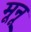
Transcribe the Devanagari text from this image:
मूनू